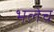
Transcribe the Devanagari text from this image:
भलेच